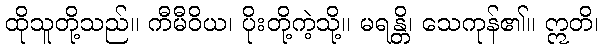
ထိုသူတို့သည်။ ကီမီဝိယ၊ ပိုးတို့ကဲ့သို့။ မရန္တိ၊ သေကုန်၏။ ဣတိ၊